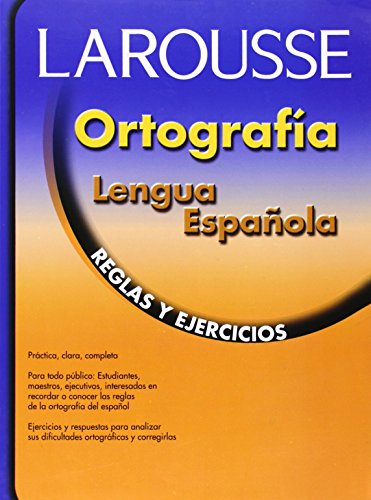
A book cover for Ortografia lengua espanola: Reglas y ejercicios (Spanish Edition); Reference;